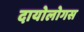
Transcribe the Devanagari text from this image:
दायोलोगस